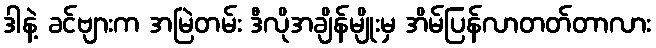
ဒါနဲ့ ခင်ဗျားက အမြဲတမ်း ဒီလိုအချိန်မျိုးမှ အိမ်ပြန်လာတတ်တာလား